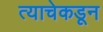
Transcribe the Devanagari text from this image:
त्याचेकडून